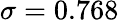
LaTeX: \sigma=0.768